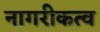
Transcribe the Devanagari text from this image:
नागरीकत्व